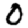
Digit: 0